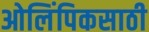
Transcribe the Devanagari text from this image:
ओलिंपिकसाठी